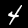
Digit: 4